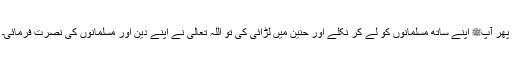
پھر آپﷺ اپنے ساتھ مسلمانوں کو لے کر نکلے اور حنین میں لڑائی کی تو اللہ تعالیٰ نے اپنے دین اور مسلمانوں کی نصرت فرمائی۔